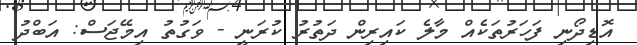
އޮޑިދޯނި ފަހަރުތަކެއް މާލެ ކައިރިން ދަތުރު ކުރަނީ - ވަގުތު އިމޭޖަސް: އަބްދު